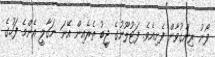
ފޯނު ރިންގުވާން ފެށިއެވެ. ފަޓުލޫނުގެ ޖީބު ތެރެއިން އޭނަ ނަގާލީ އެންމެ ފަހުގެ